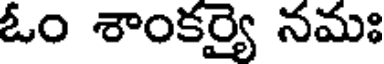
ఓం శాంకర్యై నమః